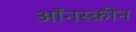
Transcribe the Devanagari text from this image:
ऑंनस्क्रीन